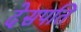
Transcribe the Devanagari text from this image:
देसपति